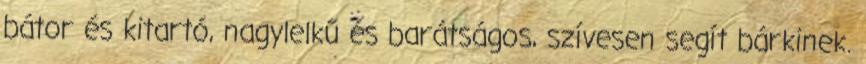
bátor és kitartó, nagylelkű és barátságos, szívesen segít bárkinek.